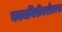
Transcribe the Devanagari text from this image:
कामगिरीबरोबरच